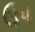
ઉપ